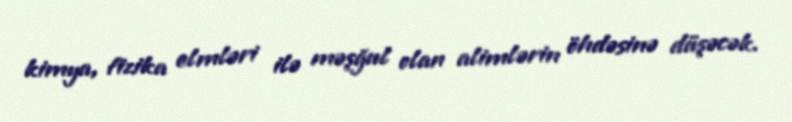
kimya, fizika elmləri ilə məşğul olan alimlərin öhdəsinə düşəcək.